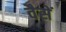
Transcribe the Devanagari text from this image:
वैसें